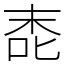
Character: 唜